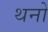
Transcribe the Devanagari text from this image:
थनो